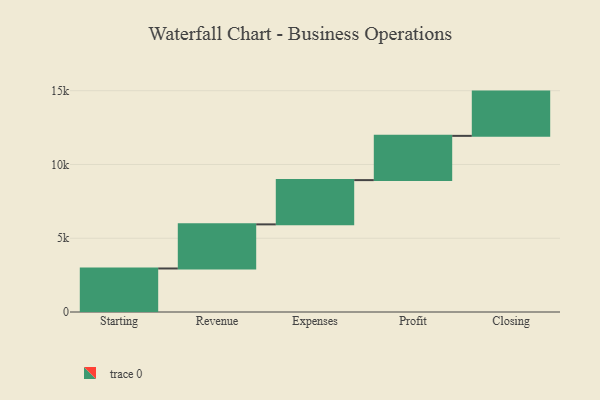
{"axis": {"x": "Step", "y": "Value"}, "legend": [""], "data": [{"x": "Starting", "y": 2950.0, "type": ""}, {"x": "Revenue", "y": 2990.0, "type": ""}, {"x": "Expenses", "y": 3000, "type": ""}, {"x": "Profit", "y": 3000, "type": ""}, {"x": "Closing", "y": 3000, "type": ""}]}